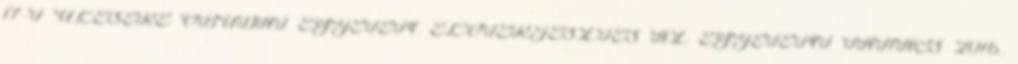
17-I ÜLÉSÉRE ÓBUDAI EGYETEM. ELŐTERJESZTÉS AZ EGYETEMI TANÁCS 2016.